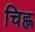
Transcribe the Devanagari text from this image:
चिह्ण